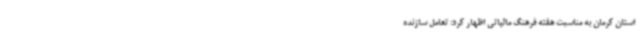
استان کرمان به مناسبت هفته فرهنگ مالیاتی اظهار کرد: تعامل سازنده